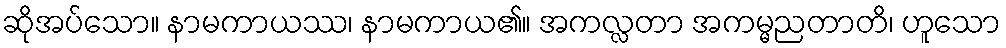
ဆိုအပ်သော။ နာမကာယဿ၊ နာမကာယ၏။ အကလ္လတာ အကမ္မညတာတိ၊ ဟူသော